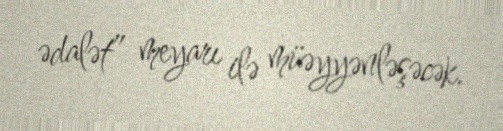
ədalət” meyarı ilə müəyyənləşəcək.